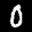
Label: 0